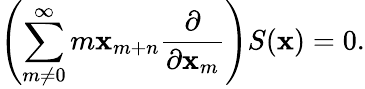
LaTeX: \left(\sum_{m\neq0}^{\infty}{m\mathbf{x}_{m+n}{\frac{{\partial}}{{\partial\mathbf{x}_{m}}}}}\right)S(\mathbf{x})=0.